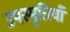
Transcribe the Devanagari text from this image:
उपस्मृतियाँ